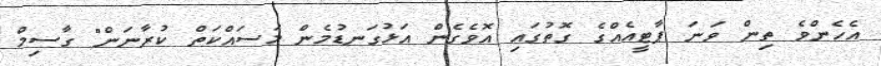
އެހެންވެ ތިން ވަނަ ޕާޓީއެއްގެ ގޮތުގައި އޮވެގެން އަޅުގަނޑުމެން މަސައްކަތް ކުރާނަން" ގާސިމް